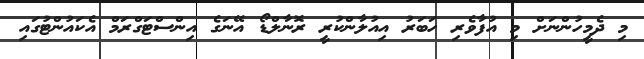
މި ދެމީހުންނަށް މި އުފާވެރި ހަބަރު އިއުލާންކުރީ ރޮނާލްޑޯ އޭނަގެ އިންސްޓަގްރަމް އެކައުންޓުގައި